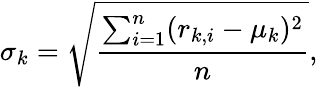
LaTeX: \sigma_{k}=\sqrt{\frac{{\sum_{i=1}^{n}(r_{k,i}-\mu_{k})^{2}}}{n}},